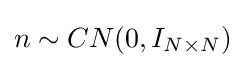
n\sim CN(0,I_{N\times N})